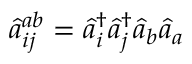
\hat { a } _ { i j } ^ { a b } = \hat { a } _ { i } ^ { \dagger } \hat { a } _ { j } ^ { \dagger } \hat { a } _ { b } \hat { a } _ { a }